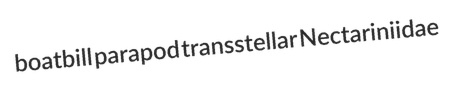
boatbill parapod transstellar Nectariniidae